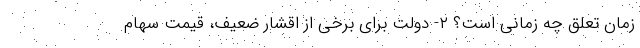
زمان تعلق چه زمانی است؟ ۲- دولت برای برخی از اقشار ضعیف، قیمت سهام